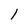
Character: l